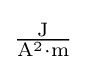
{\textstyle \mathrm {\frac {J}{A^{2}\cdot m}} }